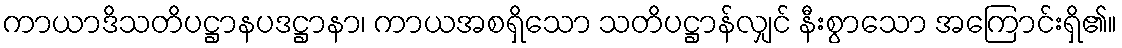
ကာယာဒိသတိပဋ္ဌာနပဒဋ္ဌာနာ၊ ကာယအစရှိသော သတိပဋ္ဌာန်လျှင် နီးစွာသော အကြောင်းရှိ၏။